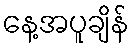
နေ့အပူချိန်